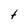
Character: t